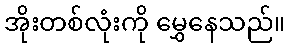
အိုးတစ်လုံးကို မွှေနေသည်။